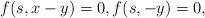
LaTeX: \begin{align*} f(s, x-y) =0,f(s,-y)=0,\end{align*}